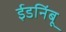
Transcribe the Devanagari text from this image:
ईडनिंबू